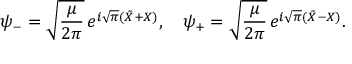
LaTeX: \psi _ { - } = \sqrt { { \frac { \mu } { 2 \pi } } } \, e ^ { i \sqrt { \pi } ( \tilde { X } + X ) } , \quad \psi _ { + } = \sqrt { { \frac { \mu } { 2 \pi } } } \, e ^ { i \sqrt { \pi } ( \tilde { X } - X ) } .